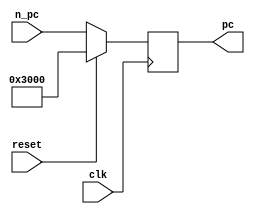
`timescale 1ns / 1ps
//////////////////////////////////////////////////////////////////////////////////
// Company: 
// Engineer: 
// 
// Design Name: 
// Module Name:    pc 
// Project Name: 
// Target Devices: 
// Tool versions: 
// Description: 
//
// Dependencies: 
//
// Revision: 
// Revision 0.01 - File Created
// Additional Comments: 
//
//////////////////////////////////////////////////////////////////////////////////
module PC(
    output [31:0] pc,
    input clk,
    input reset,
    input  [31:0] n_pc
    );
	 reg [31:0] Pc;
	 assign pc=Pc;
	initial 
		Pc=32'h00003000;
	always @(posedge clk) begin
	if(reset)
		Pc=32'h00003000;
	else 
		Pc=n_pc;
	end

endmodule